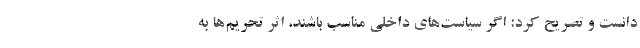
دانست و تصریح کرد: اگر سیاست‌های داخلی مناسب باشند، اثر تحریم‌ها به